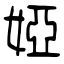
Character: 婭